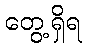
တွေ့ရှိရ